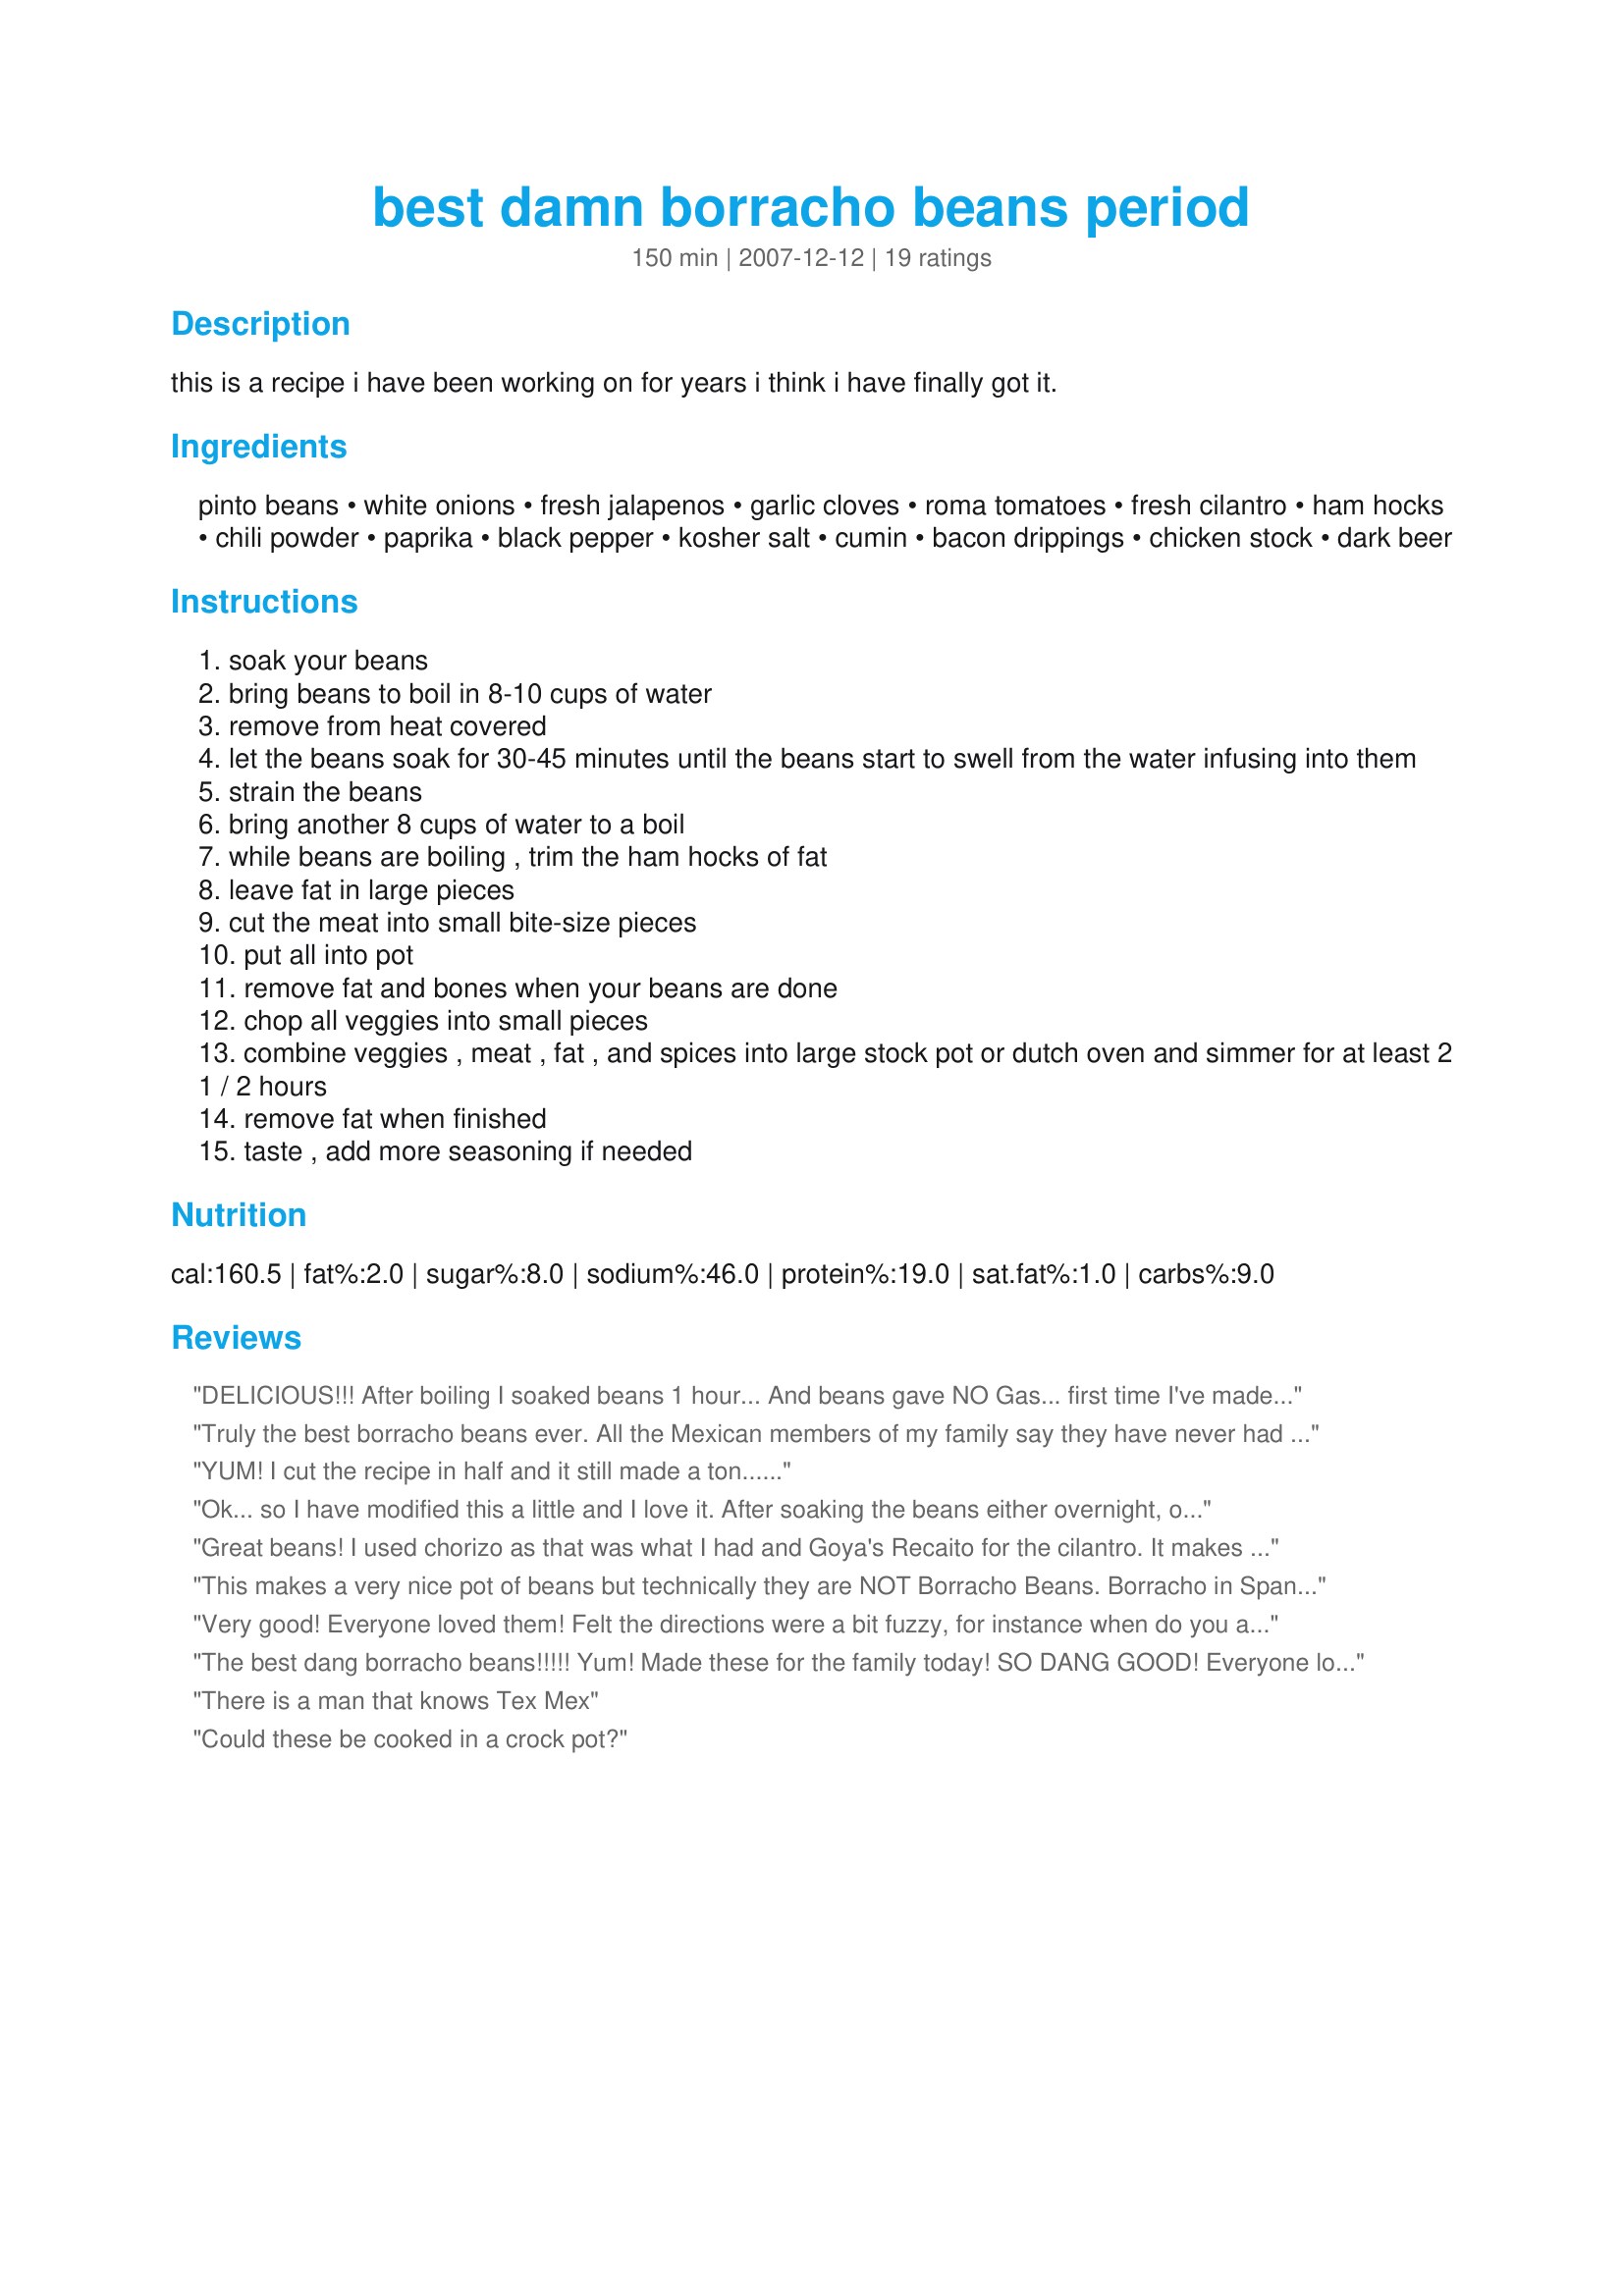
best damn borracho beans period
Preparation time: 150 minutes

this is a recipe i have been working on for years i think i have finally got it.

Ingredients:
pinto beans, white onions, fresh jalapenos, garlic cloves, roma tomatoes, fresh cilantro, ham hocks, chili powder, paprika, black pepper, kosher salt, cumin, bacon drippings, chicken stock, dark beer

Steps:
soak your beans
bring beans to boil in 8-10 cups of water
remove from heat covered
let the beans soak for 30-45 minutes until the beans start to swell from the water infusing into them
strain the beans
bring another 8 cups of water to a boil
while beans are boiling , trim the ham hocks of fat
leave fat in large pieces
cut the meat into small bite-size pieces
put all into pot
remove fat and bones when your beans are done
chop all veggies into small pieces
combine veggies , meat , fat , and spices into large stock pot or dutch oven and simmer for at least 2 1 / 2 hours
remove fat when finished
taste , add more seasoning if needed

Reviews:
DELICIOUS!!! After boiling I soaked beans 1 hour... And beans gave NO Gas... first time I've made beans that didn't give you gas...Tweaked recipe w/cilantro leaves finely chopped... &amp; added the brand REAL Bacon bits instead of hamhocks...
Truly the best borracho beans ever. All the Mexican members of my family say they have never had better! Print out the recipe because wherever you take these People will ask for it. We eat them as a soup or over white rice. Phenomenal!
YUM! I cut the recipe in half and it still made a ton......
Ok... so I have modified this a little and I love it. After soaking the beans either overnight, or the quick boil way... this is what I do. Put beans in pot with seasoning, tomatoes (chopped), chicken stock, ham hocks and about 6 cups of water. Medium-high heat I add about a lb of Pork Carnitas (shoulder) to my recipe. Cut up carnitas in bite size pieces. Add about a tablespoon of garlic and olive oil in a skillet and cook the carnitas. Add the carnitas to your beans. Then I add a lb of bacon. Chop onion, jalapeno, cilantro and bacon. Add about 3 tbsp of garlic paste to skillet and cook until onions start to brown and bacon is crispy. Then add to pot of beans. Return to boil and add beer. Cover and let cook. Make sure you stir it about every 30 minutes. Taste test after an hour to see if you need to add more beer. (I usually put almost 1.5 to 2 beers in there)
Great beans! I used chorizo as that was what I had and Goya's Recaito for the cilantro. It makes a BIG pot of beans, but for our family's Christmas pot-luck it was a huge success. Thanks Texas Pete for a very flavorful dish. Carole in Orlando
This makes a very nice pot of beans but technically they are NOT Borracho Beans. Borracho in Spanish means "drunk" and these beans have no beer in them. Use a can of beer in place of some of your water and you will have true, savory, Borracho Beans.
Very good! Everyone loved them! Felt the directions were a bit fuzzy, for instance when do you add the chicken stock, I didn't....just the water and beer. Thanks for a great pot of beans, this is a keeper.
The best dang borracho beans!!!!! Yum! Made these for the family today! SO DANG GOOD! Everyone loved them! I soaked my beans over night. To boil I used 2qts of water and a 22oz bottle of budwieser. Added a diced bell pepper as well. This is a keeper! Thanks!
There is a man that knows Tex Mex
Could these be cooked in a crock pot?
I have been trying to perfect my beans for 15 years now. This recipe is amazing. It has great flavor and it is still very easy to make. I got rave reviews when I brought this to the last BBQ and these were requested for the next BBQ I am attending.
If you don&#039;t all the work of the rinsing and boiling of the beans you can use canned pinto beans (3 cans-drained), which is what I did. Thank you for this recipe! This is delicious the only liquid I used was the 12 oz of chicken broth and 12 oz beer, I had to add 3 cups of water because I overdid it with the jalapeno, no need to add the water if you want them thicker I like serving mine like more of a stew with tacos. These were delicious and I&#039;m Latina so I know authentic Mexican food
I&#039;m a Texan of Mexican decent and have been living in Australia for the last 3 years. I finally found some pinto beans at a local weekend market and had to make some borracho beans. I researched several recipes and settled on this one. I am damn glad I did. These beans were off the hook!!! I made a half batch by halving all of the ingredients and added a little more water than called for to make them soupy which is the way we prepare them back home.
this recipe was awesome, despite what _some_ people think about beer as an ingredient. they came out PERFECT, and without soaking them for 8 hours!! (as some recipes instruct.) i made half the recipe, though, and still have a whole bowl left. and... yes, i added the beer ;)
I made a vegetarian version of these beans. I also had to make it yeast-free for my kid,so, no beer ( so, yes, the original recipe is a true borracho version) Instead of ham and drippings, I used coconut oil and I used vegetable instead of chicken stock. I agree that the directions are fuzzy. I cooked the beans for the 30 mins and drained and added more water to simmer as directed. While the beans cooked, I melted the coconut oil in a separate pan and first fried dried chili peppers for a few seconds before adding onions and garlic. I let the onions cook until soft and then added the rest. I only used a 1 tsp of pepper instead of a tablespoon. I then let the resulting sauce simmer for about 30 mins before adding to beans (water in pot had reduced enough to allow the room in my dutch oven) and simmered until beans were cooked through. The result was still better than anything I&#039;ve had at a Mexican restaurant!
My wife thought these were great! I substituted diced tomatoes with green chiles for the Roma tomatoes. No chicken stock. Turned out great! Definitely a keeper !
I&#039;m from Texas, too. This is a great recipe. I typically would use a premixed seasoning packet for my beans, but I moved to New England and now can&#039;t get it. So I wanted to have borracho beans at the last minute, which doesn&#039;t work well as we all know. I used two CANS of pinto beans, which even I revolt at, bacon for the ham, garlic powder for the garlic. I chopped bacon and cooked it in a skillet, poured it into the boiling beans, grilled the onion in the same skillet for a minute or two, then added all the spices and the onion. Added some water, simmered for 10 minutes. It was AWESOME. So even with some minor substitutions, this recipe is fantastic.
These are the best beans EVER! Made them for a family event and my daughter-in-law requested that I make these. I had never done them before but looked up this recipe and they were a total hit! People asked for the recipe and they were totally consumed before we left! Just followed the recipe and wah-la! Awesome!
These turned out great! I thought they made a nice cowboy bean type side dish to go with things like Tex-Mexiladas. Nicely seasoned, but not so heavy that the beans weren't the star. Made for PAC Spring 2008 L~S
